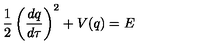
\frac { 1 } { 2 } \left( \frac { d q } { d \tau } \right) ^ { 2 } + V ( q ) = E